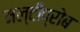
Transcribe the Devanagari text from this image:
मल्टीप्रोब